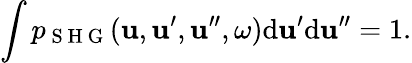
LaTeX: \int p_{\mathrm{~S~H~G~}}(\boldsymbol{\mathbf{u}},\boldsymbol{\mathbf{u}}^{\prime},\boldsymbol{\mathbf{u}}^{\prime\prime},\omega)\mathrm{d}\boldsymbol{\mathbf{u}}^{\prime}\mathrm{d}\boldsymbol{\mathbf{u}}^{\prime\prime}=1.